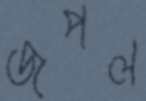
জপল